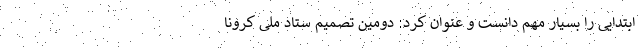
ابتدایی را بسیار مهم دانست و عنوان کرد: دومین تصمیم ستاد ملی کرونا